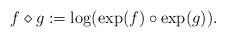
LaTeX: \begin{align*}f \diamond g : = \log(\exp (f) \circ \exp(g)).\end{align*}